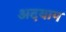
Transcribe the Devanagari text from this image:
अदयाप